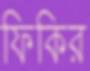
ফিকির